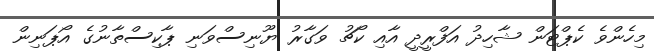
މިހެންވެ ކެޕްޓަން ޝާހިދު އަފްރީދީ އާއި ކޯޗު ވަގާރު ޔޫނިސްވަނި ޕާކިސްތާނުގެ އޯޕަނިން